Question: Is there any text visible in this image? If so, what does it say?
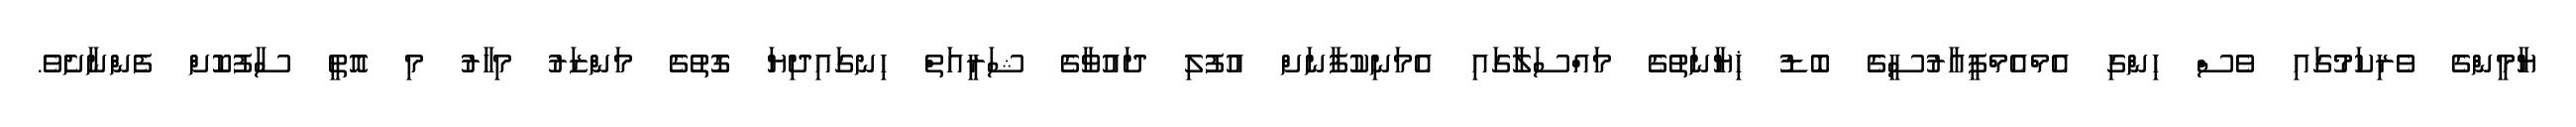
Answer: ޔާމީންގެ ވެރިކަމުގައި ވެސް ހިންގި އެމްއެމްޕީއާރުސީގެ ބޮޑު ޚިޔާނަތުގެ މައްސަލާގައި އެމަނިކުފާނަށް އުފުލި ދައުވާގެ ޝަރީއަތް ހިނގައިދިޔަ ގޮތުގެ މަންޒަރު މިހާރު މި އޮތީ ސާފުކޮށް ފެންނާށެވެ.